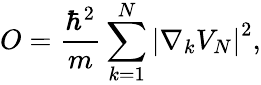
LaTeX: O=\frac{\hbar^{2}}{m}\sum_{k=1}^{N}\left|\nabla_{k}V_{N}\right|^{2},